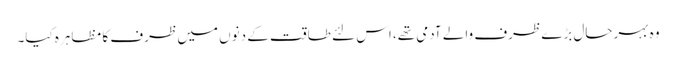
وہ بہرحال بڑے ظرف والے آدمی تھے، اس لئے طاقت کے دنوں میں ظرف کا مظاہرہ کیا۔